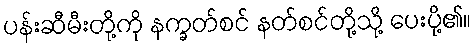
ပန်းဆီမီးတို့ကို နက္ခတ်စင် နတ်စင်တို့သို့ ပေးပို့၏။